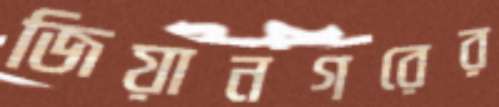
জিয়ানগরের